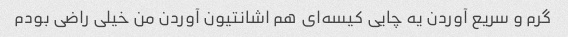
گرم و سریع آوردن یه چایی کیسه‌ای هم اشانتیون آوردن من خیلی راضی بودم